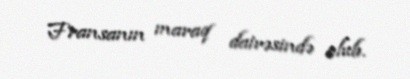
Fransanın maraq dairəsində olub.